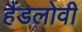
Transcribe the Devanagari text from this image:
हैंडलोवी